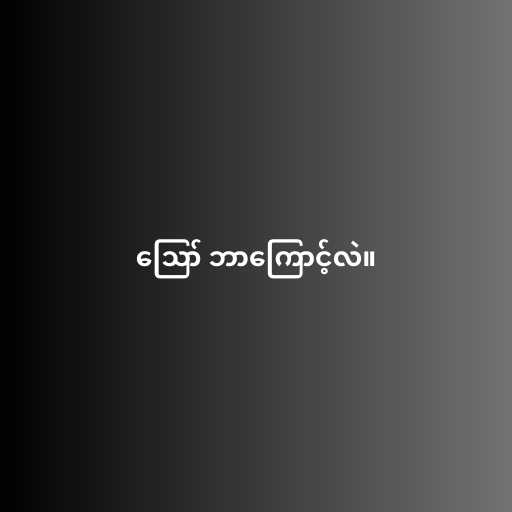
ဪ ဘာကြောင့်လဲ။